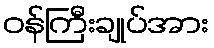
ဝန်ကြီးချုပ်အား